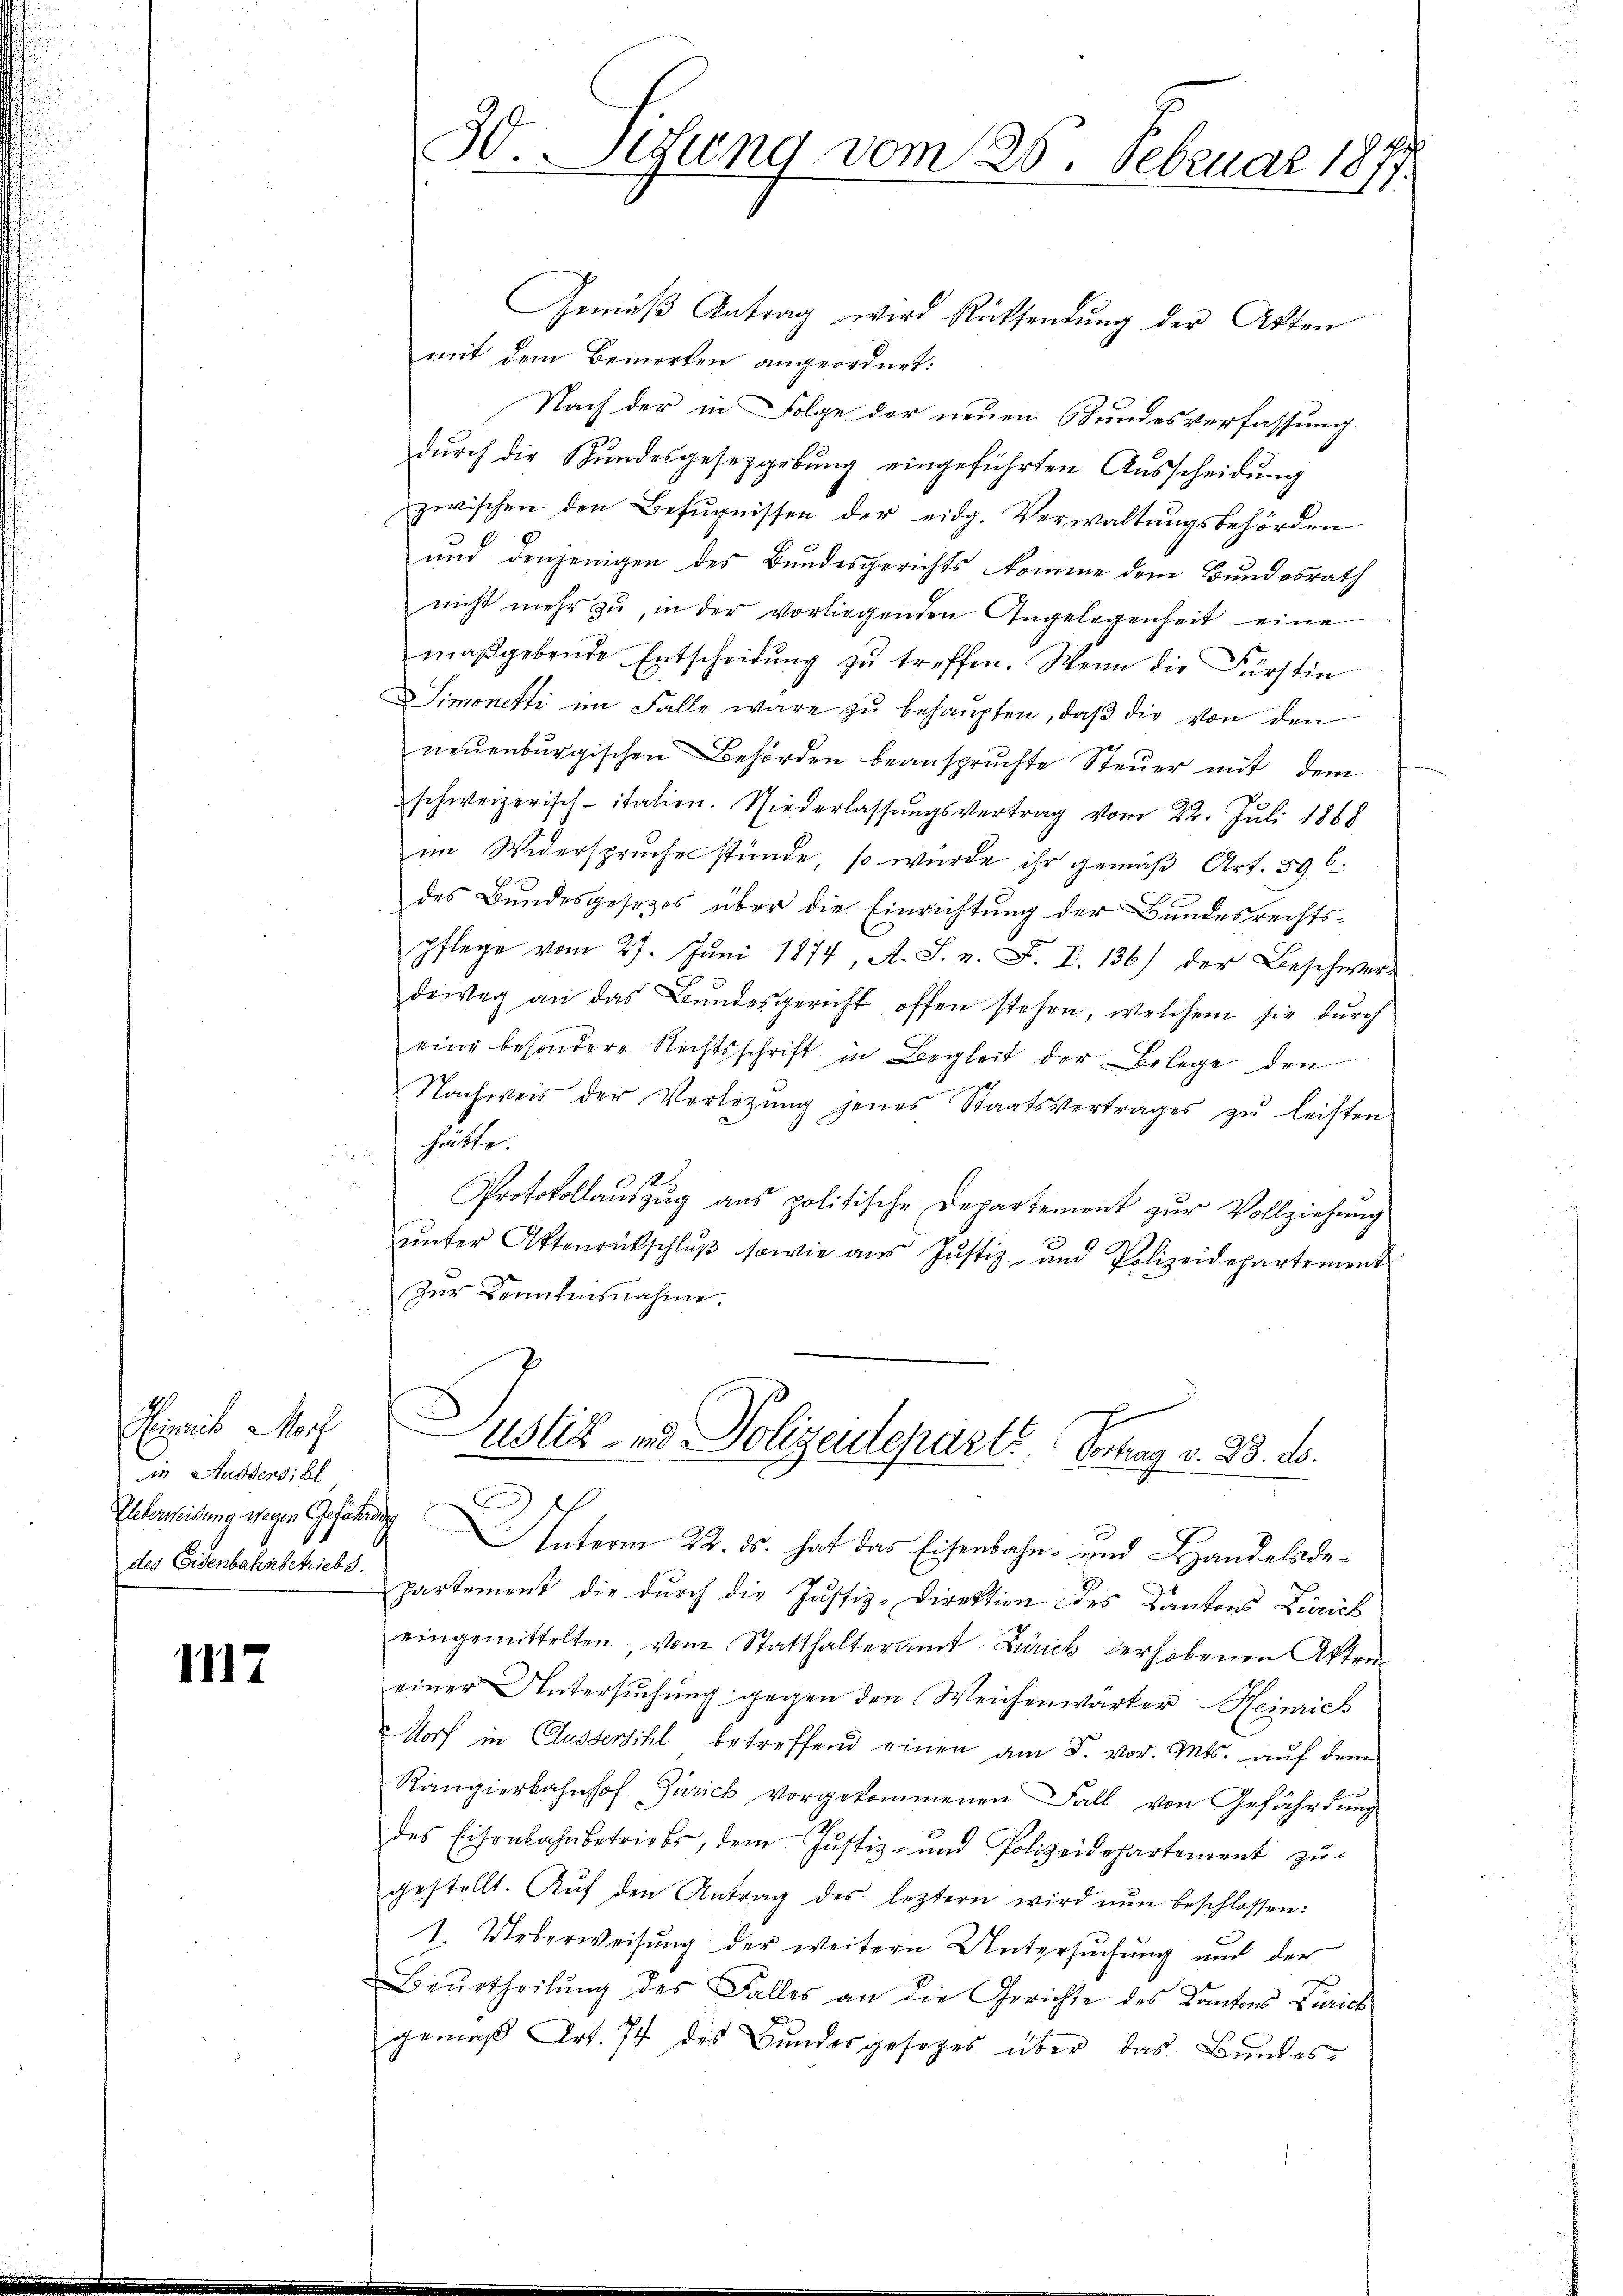
in Ausdensibl
des Eisenbahnbetriebs

1117

30. Sitzung vom 25. Februar 1877.

Gemäβ Antrag wird Rücksendŭng der Akten
mit dem Bemerken angeordnet:
Nach der in Folge der neuen Bundesverfassung.
durch die Bundesgesetzgebung eingeführten Ausscheidung
zwischen den Befugnissen der eidg. Verwaltungsbehörden
und denjenigen des Bundesgerichts komme dem Bundesrath
nicht mehr zu, in der vorliegenden Angelegenheit eine
maßgebende Entscheidŭng zŭ treffen. Wenn die Fürstin
Simonetti im Falle wäre zu behaupten, daß die von den
neŭenbŭrgischen Behörden beanspruchte Steŭer mit dem
schweizerisch-italien. Niederlassŭngsvertrag vom 22. Juli 1868
im Widerspruche stünde, so wurde ihr gemäß Art. 596.
des Bundesgesetzes über die Einrichtung der Bundesrechts-
pflege vom 27. Jŭni 1874, A. S. n. F. V. 136) der Beschwere
deweg an das Bundesgericht offen stehen, welchem sie dŭrch
eine besondere Rechtsschrift in Begleit der Belege den
Nachweis der Verlegŭng jenes Staatsvertrages zŭ leisten
hätte.
Protokollaŭszŭg ans politische Departement zŭr Vollziehŭng
ŭnter Aktenrückschlŭβ sowie aŭs Jŭstiz- und Polizeidepartement
Zur Kenntnisnahme.
Firnis Morf ustiz- und Polizeideparte Vortrag v. 23. ds.
Peleidung wegen Gesetzung Unterm 22. ds. hat das Eisenbahn- und Bandeladepartement die durch die Justiz-Direktion des Kantons Zürich
eingemittelten, vom Statthalteramt Zürick verhobenen Akten
einer Untersŭchŭng gegen den Weichenwärter Heinrich
Morf in Aussersihl betreffend einen am F. vor. Mts. auf dem
Rangierbahnhof Zürich vorgekommenen Fall von Gefährdung
des Eisenbahnbetriebs, dem Justiz- und Polizeidepartement zŭ-
gestellt. Aŭf den Antrag des leztern wird nun beschlossen:
1. Ueberweisung der weitern Untersuchung und der
Beŭrtheilŭng des Falles an die Gerichte des Kantons Zürich
gemäβ Art. 74 des Bŭndesgesetzes über das Bundes